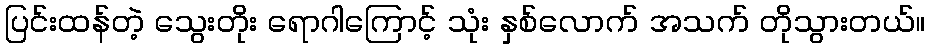
ပြင်းထန်တဲ့ သွေးတိုး ရောဂါကြောင့် သုံး နှစ်လောက် အသက် တိုသွားတယ်။